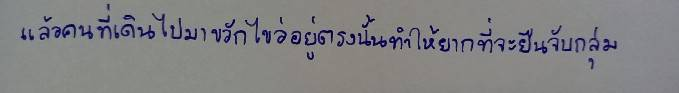
แล้วคนที่เดินไปมาขวักไขว่อยู่ตรงนั้นทำให้ยากที่จะยืนจับกลุ่ม